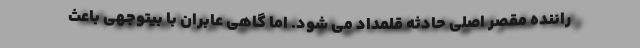
راننده مقصر اصلی حادثه قلمداد می شود. اما گاهی عابران با بیتوجهی باعث